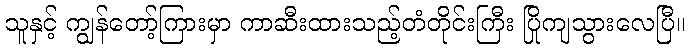
သူနှင့် ကျွန်တော့်ကြားမှာ ကာဆီးထားသည့်တံတိုင်းကြီး ပြိုကျသွားလေပြီ။